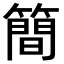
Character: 簡